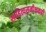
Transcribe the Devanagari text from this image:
साहित्यसमीक्षकही